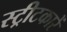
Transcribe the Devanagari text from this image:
स्ट्रीटकारें